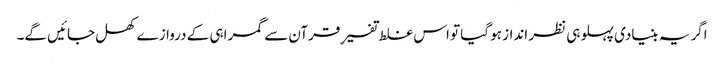
اگر یہ بنیادی پہلو ہی نظر انداز ہو گیا تو اس غلط تفسیرِ قرآن سے گمراہی کے دروازے کھل جائیں گے۔